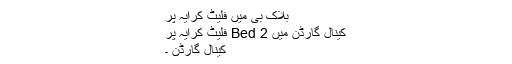
بلاک بی میں فلیٹ کرایہ پر
کینال گارڈن میں 2 Bed فلیٹ کرایہ پر
کینال گارڈن ۔